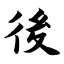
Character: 後